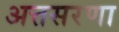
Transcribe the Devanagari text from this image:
अत्तसरणा